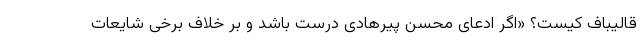
قالیباف کیست؟ «اگر ادعای محسن پیرهادی درست باشد و بر خلاف برخی شایعات